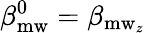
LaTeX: \beta_{\mathrm{mw}}^{0}=\beta_{\mathrm{mw}_{z}}